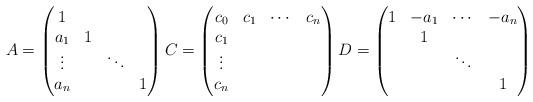
LaTeX: \begin{align*}A=\begin{pmatrix}1\\a_{1} & 1\\\vdots & & \ddots\\a_{n} & & & 1\end{pmatrix}C=\begin{pmatrix}c_{0} & c_{1} & \cdots & c_{n}\\c_{1}\\\vdots\\c_{n}\end{pmatrix}D=\begin{pmatrix}1 & -a_{1} & \cdots & -a_{n}\\ & 1\\ & & \ddots\\ & & & 1\end{pmatrix}\end{align*}